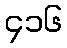
၄၁၆